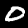
Digit: 0